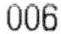
006